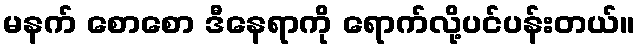
မနက် စောစော ဒီနေရာကို ရောက်လို့ပင်ပန်းတယ်။